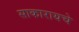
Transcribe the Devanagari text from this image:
साकारायचे